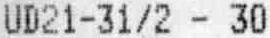
UD21-31/2 - 30